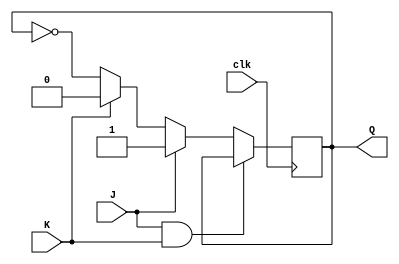
module JK_flip_flop (
    input clk,         // Clock input
    input J,           // Input for setting flip-flop
    input K,           // Input for resetting flip-flop
    output reg Q       // Output of the flip-flop
);

always @(posedge clk) begin
    if (J & K) begin
        Q <= Q;        // No change
    end else if (J) begin
        Q <= 1'b1;     // Set output to high
    end else if (K) begin
        Q <= 1'b0;     // Set output to low
    end else begin
        Q <= ~Q;       // Toggle output
    end
end

endmodule